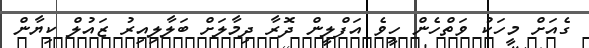
ގެއަށް މީހަކު ވަތްހެން ހީވެ އަފްލީން ދޮރާ ދިމާލަށް ބަލާލިއިރު ޒައުލް ކިޔާން